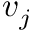
v _ { j }